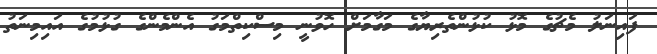
ފައިނަލު މެޗުގެ މޮޅު ކުޅުންތެރިޔާގެ މަގާމަށް ހޮވުނީ މިސްކިތްމަގު އެންމެންގެ ގުޅުމުގެ އައިމިނަތު